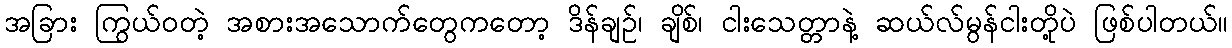
အခြား ကြွယ်ဝတဲ့ အစားအသောက်တွေကတော့ ဒိန်ချဉ်၊ ချိစ်၊ ငါးသေတ္တာနဲ့ ဆယ်လ်မွန်ငါးတို့ပဲ ဖြစ်ပါတယ်။